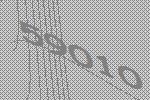
59010